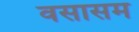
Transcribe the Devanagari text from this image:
वसासम